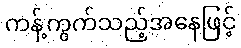
ကန့်ကွက်သည့်အနေဖြင့်